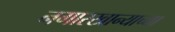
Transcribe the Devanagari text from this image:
नगारखान्याच्या